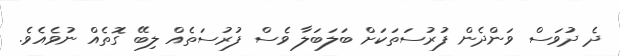
ދެ ދުވަސް ވަންދެން ފުރުސަތަކަށް ބަލަބަލާ ވެސް ފުރުސަތެއް ލިބޭ ގޮތެއް ނުވެއެވެ.